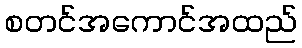
စတင်အကောင်အထည်